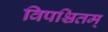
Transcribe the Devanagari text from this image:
विपश्चितम्